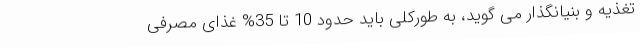
تغذیه و بنیانگذار می گوید، به طورکلی باید حدود 10 تا 35% غذای مصرفی